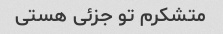
متشکرم تو جزئی هستی